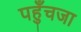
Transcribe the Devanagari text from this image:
पहुँचजा